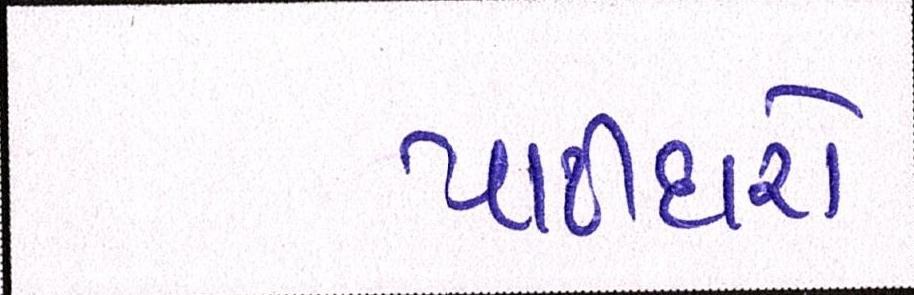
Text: પાટીદારો